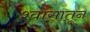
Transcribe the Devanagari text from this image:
श्वासातून